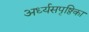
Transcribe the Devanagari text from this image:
अर्ध्यसपृष्ठिका